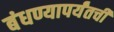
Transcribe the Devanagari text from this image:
बंधण्यापर्यंतची